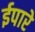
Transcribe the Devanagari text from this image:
ईपारे